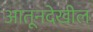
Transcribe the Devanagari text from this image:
आतूनदेखील